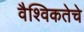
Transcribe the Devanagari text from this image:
वैश्विकतेचे